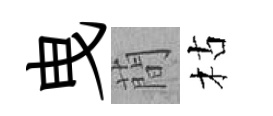
曳蕳枯